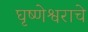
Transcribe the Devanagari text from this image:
घृष्णेश्वराचे